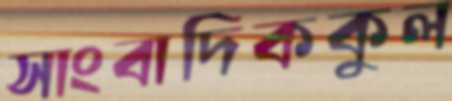
সাংবাদিককুল